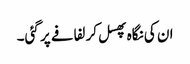
ان کی نگاہ پھسل کر لفافے پر گئی۔